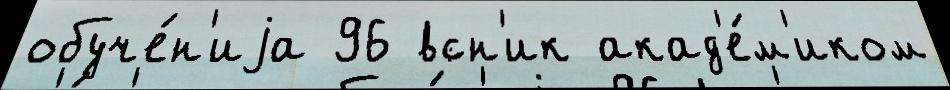
обуче́н'иjа 96 всн'ик акад'е́м'иком